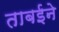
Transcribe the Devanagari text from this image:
ताबईने